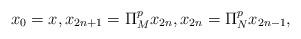
LaTeX: \begin{align*} x_0 = x, x_{2n+1} = \Pi_{M}^p x_{2n}, x_{2n} = \Pi_{N}^p x_{2n-1}, \end{align*}